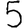
Digit: 5